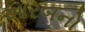
આરબનો